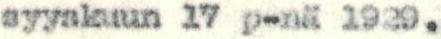
syyskuun 17 p-nä 1929.